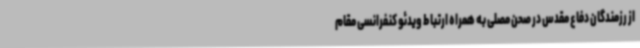
از رزمندگان دفاع مقدس در صحن مصلی به همراه ارتباط ویدئو کنفرانسی مقام